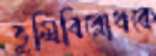
ভূমিবিরোধকে